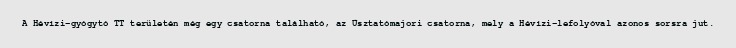
A Hévízi-gyógytó TT területén még egy csatorna található, az Úsztatómajori csatorna, mely a Hévízi-lefolyóval azonos sorsra jut.